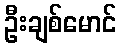
ဦးချစ်မောင်